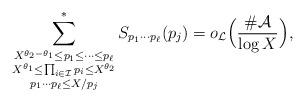
LaTeX: \begin{align*}\sum_{\substack{X^{\theta_2-\theta_1}\le p_1\le \dots\le p_\ell \\ X^{\theta_1}\le\prod_{i\in\mathcal{I}}p_i\le X^{\theta_2} \\ p_1\cdots p_\ell\le X/p_j }}^*S_{p_1\cdots p_\ell}(p_j)=o_{\mathcal{L}}\Bigl(\frac{\#\mathcal{A}}{\log{X}}\Bigr),\end{align*}